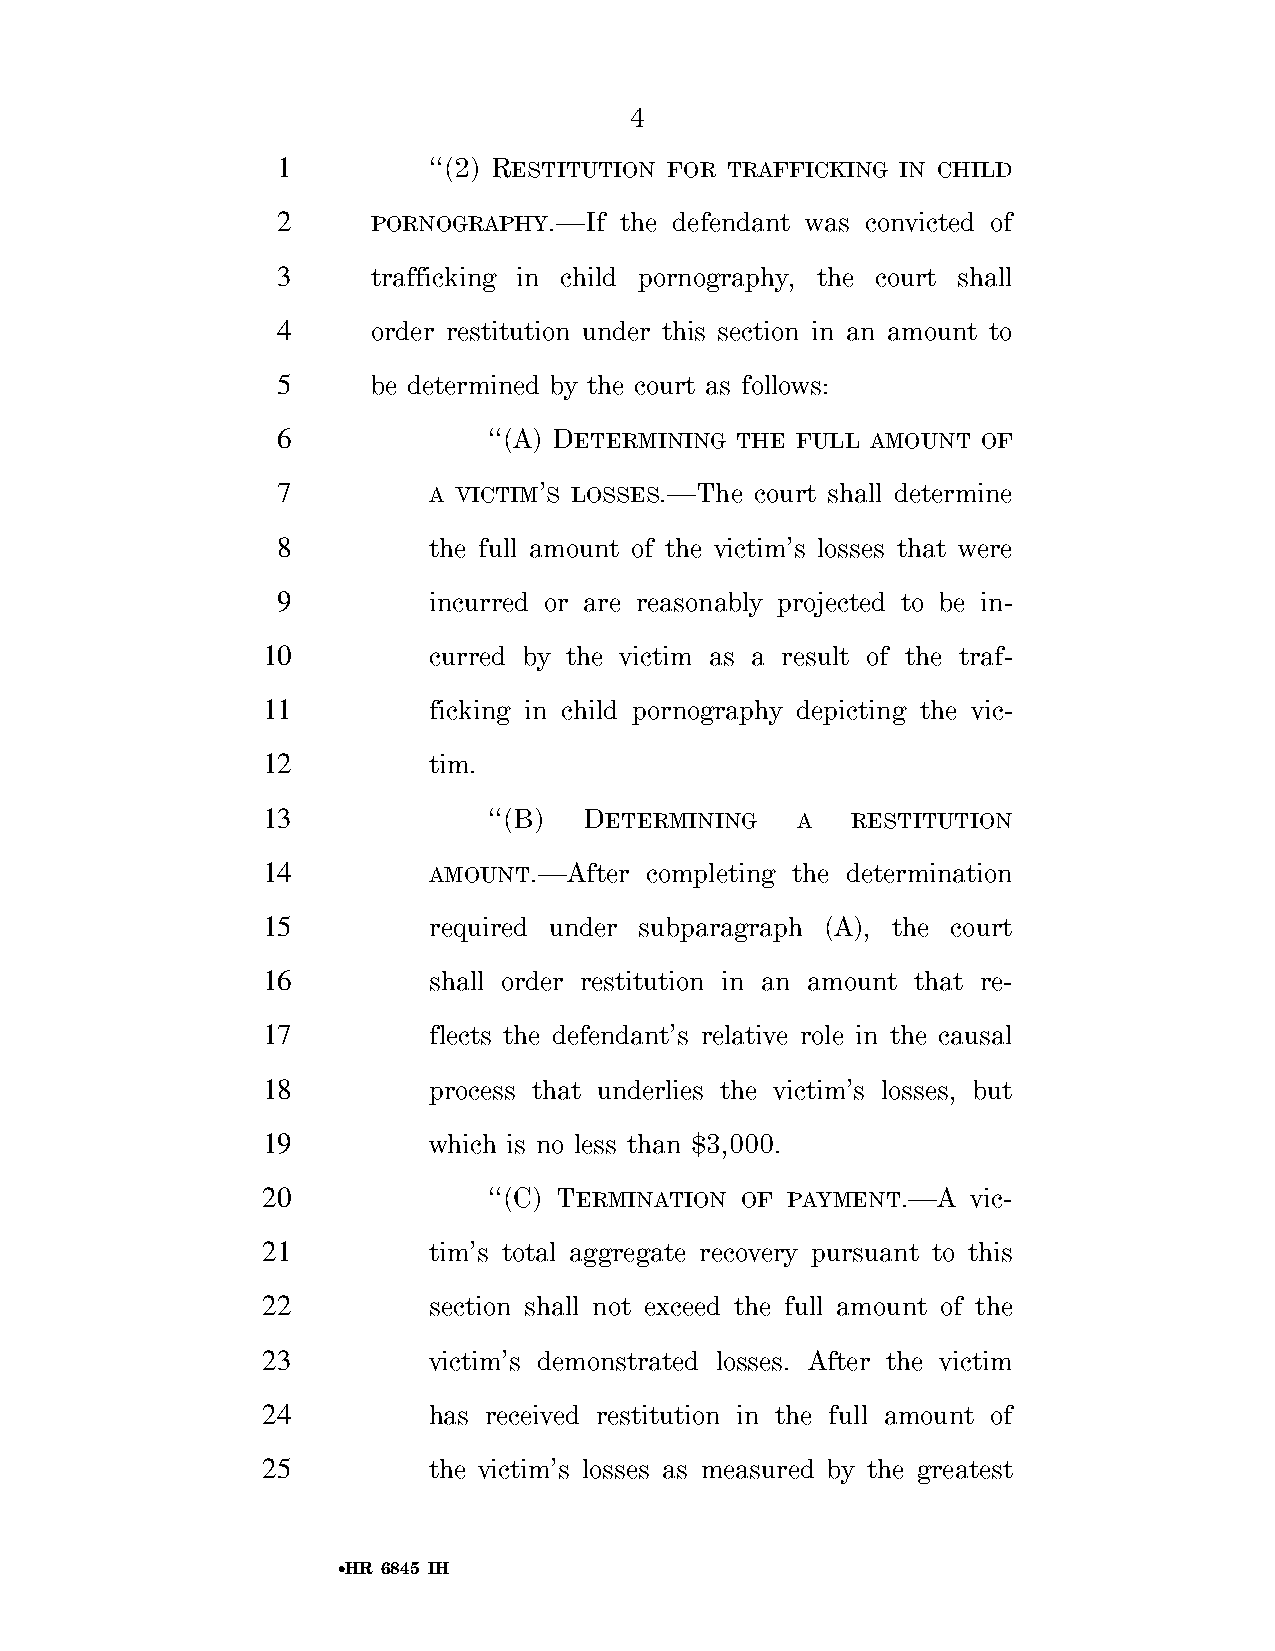
4
 1         ‘‘(2) RESTITUTION FOR TRAFFICKING IN CHILD
 2      PORNOGRAPHY.—If the defendant was convicted of
 3      trafficking in child pornography, the court shall
 4      order restitution under this section in an amount to
 5      be determined by the court as follows:
 6             ‘‘(A) DETERMINING THE FULL AMOUNT OF
 7         A VICTIM’S LOSSES.—The court shall determine
 8         the full amount of the victim’s losses that were
 9         incurred or are reasonably projected to be in-
 10         curred by the victim as a result of the traf-
 11         ficking in child pornography depicting the vic-
 12         tim.
 13             ‘‘(B)  DETERMINING   A  RESTITUTION
 14         AMOUNT.—After  completing the determination
 15         required under subparagraph (A), the court
 16         shall order restitution in an amount that re-
 17         flects the defendant’s relative role in the causal
 18         process that underlies the victim’s losses, but
 19         which is no less than $3,000.
 20             ‘‘(C) TERMINATION OF PAYMENT.—A vic-
 21         tim’s total aggregate recovery pursuant to this
 22         section shall not exceed the full amount of the
 23         victim’s demonstrated losses. After the victim
 24         has received restitution in the full amount of
 25         the victim’s losses as measured by the greatest
 •HR 6845 IH
 VerDate Sep 11 2014 01:37 Sep 22, 2018 Jkt 079200 PO 00000 Frm 00004 Fmt 6652 Sfmt 6201 E:\BILLS\H6845.IH H6845
 SLLIB
 htiw
 DORP280QLG3KSD
 no
 llihld